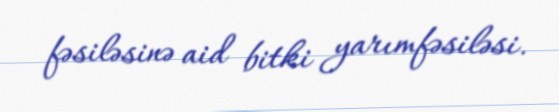
fəsiləsinə aid bitki yarımfəsiləsi.